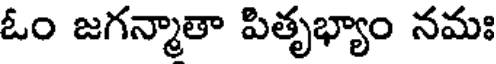
ఓం జగన్మాతా పితృభ్యాం నమః